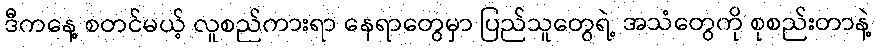
ဒီကနေ့ စတင်မယ့် လူစည်ကားရာ နေရာတွေမှာ ပြည်သူတွေရဲ့ အသံတွေကို စုစည်းတာနဲ့